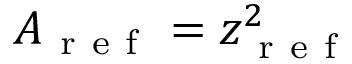
A _ { \mathrm { ~ r ~ e ~ f ~ } } = z _ { \mathrm { ~ r ~ e ~ f ~ } } ^ { 2 }